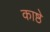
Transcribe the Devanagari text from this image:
काष्ठे